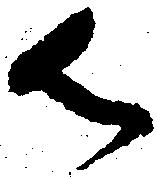
御